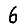
Digit: 6